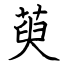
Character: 萸